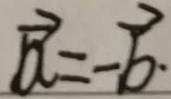
\overrightarrow { a } = - \overrightarrow { b }